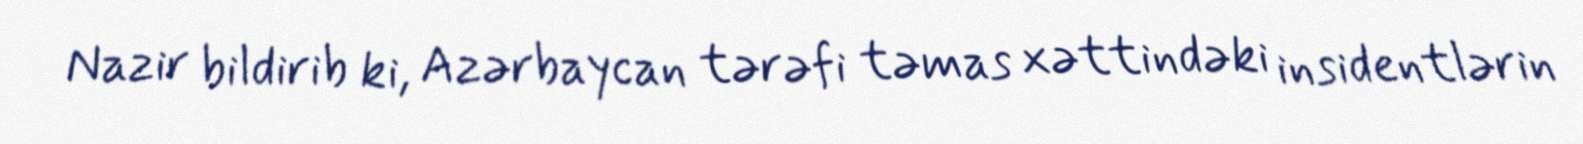
Nazir bildirib ki, Azərbaycan tərəfi təmas xəttindəki insidentlərin